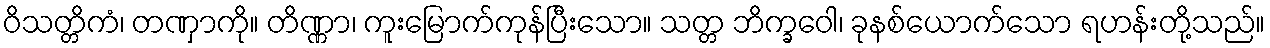
ဝိသတ္တိကံ၊ တဏှာကို။ တိဏ္ဏာ၊ ကူးမြောက်ကုန်ပြီးသော။ သတ္တ ဘိက္ခဝေါ၊ ခုနစ်ယောက်သော ရဟန်းတို့သည်။